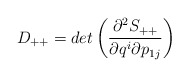
\begin{align*}D_{++}= det \left(\frac{ \partial^2 S_{++}}{ \partial q^i\partial p_{1j}}\right) \end{align*}